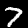
Label: 7